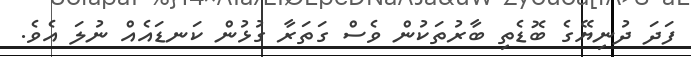
ފަދަ ދުނިޔޭގެ ބޮޑެތި ބާރުތަކުން ވެސް ގަތަރާ ގުޅުން ކަނޑައެއް ނުލަ އެވެ.